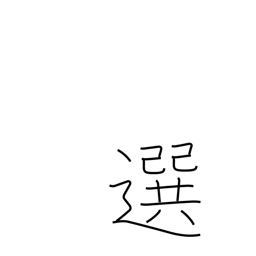
Meaning: prefer